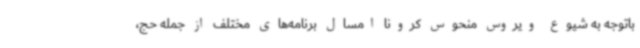
باتوجه به شیوع ویروس منحوس کرونا امسال برنامه‌های مختلف از جمله حج،